Indian journal of veterinary science and animal husbandry - Volumes 22-23, 1952-1953
Year: 1952
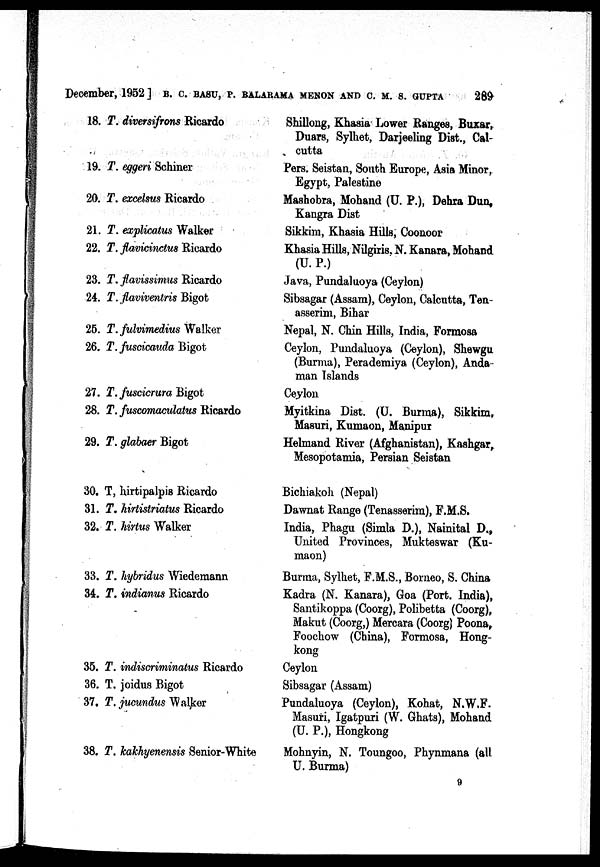
December, 1952] B. C. BASU, P. BALARAMA MENON AND C. M. S. GUPTA 289
18. T. diversifrons Ricardo
19. T. eggeri Schiner
20. T. excelsus Ricardo
21. T. explicatus Walker
22. T. flavicinctus Ricardo
23. T. flavissimus Ricardo
24. T. flaviventris Bigot
25. T. fulvimedius Walker
26. T. fuscicauda Bigot
27. T. fuscicrura Bigot
28. T. fuscomaculatus Ricardo
29. T. glabaer Bigot
30. T, hirtipalpis Ricardo
31. T. hirtistriatus Ricardo
32. T. hirtus Walker
33. T. hybridus Wiedemann
34. T. indianus Ricardo
35. T. indiscriminatus Ricardo
36. T. joidus Bigot
37. T. jucundus Walker
38. T. kakhyenensis Senior-White
Shillong, Khasia Lower Ranges, Buxar,
Duars, Sylhet, Darjeeling Dist., Cal-
cutta
Pers. Seistan, South Europe, Asia Minor,
Egypt, Palestine
Mashobra, Mohand (U. P.), Dehra Dun,
Kangra Dist
Sikkim, Khasia Hills; Coonoor
Khasia Hills, Nilgiris, N. Kanara, Mohand
(U. P.)
Java, Pundaluoya (Ceylon)
Sibsagar (Assam), Ceylon, Calcutta, Ten-
asserim, Bihar
Nepal, N. Chin Hills, India, Formosa
Ceylon, Pundaluoya (Ceylon), Shewgu
(Burma), Perademiya (Ceylon), Anda-
man Islands
Ceylon
Myitkina Dist. (U. Burma), Sikkim,
Masuri, Kumaon, Manipur
Helmand River (Afghanistan), Kashgar,
Mesopotamia, Persian Seistan
Bichiakoh (Nepal)
Dawnat Range (Tenasserim), F.M.S.
India, Phagu (Simla D.), Nainital D.,
United Provinces, Mukteswar (Ku-
maon)
Burma, Sylhet, F.M.S., Borneo, S. China
Kadra (N. Kanara), Goa (Port. India),
Santikoppa (Coorg), Polibetta (Coorg),
Makut (Coorg,) Mercara (Coorg) Poona,
Foochow (China), Formosa, Hong-
kong
Ceylon
Sibsagar (Assam)
Pundaluoya (Ceylon), Kohat, N.W.F.
Masuri, Igatpuri (W. Ghats), Mohand
(U. P.), Hongkong
Mohnyin, N. Toungoo, Phynmana (all
U. Burma)
9